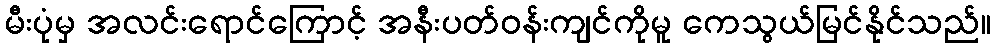
မီးပုံမှ အလင်းရောင်ကြောင့် အနီးပတ်ဝန်းကျင်ကိုမူ ကေသွယ်မြင်နိုင်သည်။